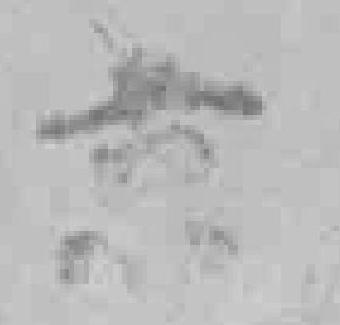
*